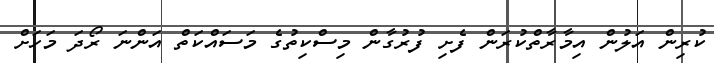
ކުރިން އަލުން އިމާރާތްކުރަން ފެށި ފުރުގާން މިސްކިތުގެ މަސައްކަތް އަންނަ ރޯދަ މަހަށް